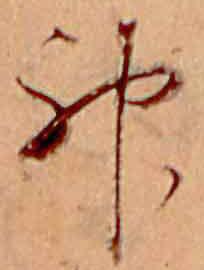
神